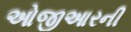
ઓજીઆરની